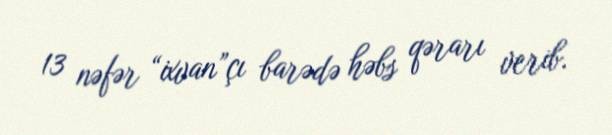
13 nəfər “ixvan”çı barədə həbs qərarı verib.